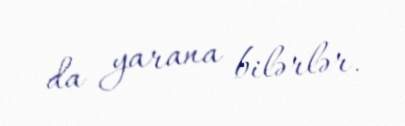
da yarana bilərlər.